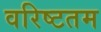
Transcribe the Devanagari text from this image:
वरिष्‍टतम